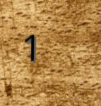
1